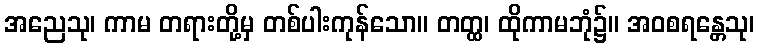
အညေသု၊ ကာမ တရားတို့မှ တစ်ပါးကုန်သော။ တတ္ထ၊ ထိုကာမဘုံ၌။ အဝစရန္တေသု၊